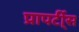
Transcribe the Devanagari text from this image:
प्रापर्टी्स